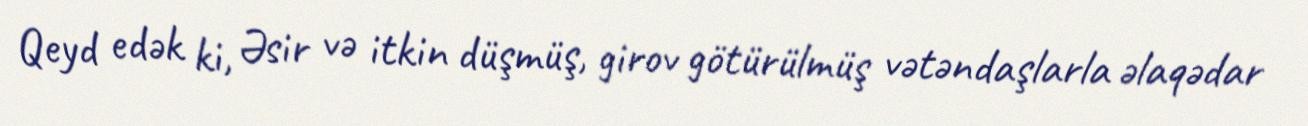
Qeyd edək ki, Əsir və itkin düşmüş, girov götürülmüş vətəndaşlarla əlaqədar